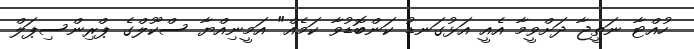
ހުއްޓާ ނަތީޖާ ދަށްވީމާ އެއީ އަޅުގަނޑު ކަންބޮޑުވާ ކަމެއް" އަމީނިއްޔާ ސްކޫލްގެ ޕްރިންސިޕަލް